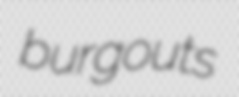
burgouts